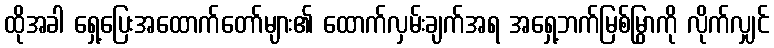
ထိုအခါ ရှေ့ပြေးအထောက်တော်များ၏ ထောက်လှမ်းချက်အရ အရှေ့ဘက်မြစ်မြွှာကို လိုက်လျှင်